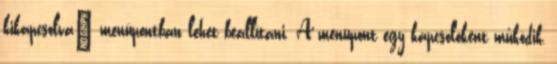
kikapcsolva” menüpontban lehet beállítani. A menüpont egy kapcsolóként működik,